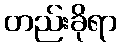
တည်းခိုရာ